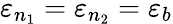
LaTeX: \varepsilon_{n_{1}}=\varepsilon_{n_{2}}=\varepsilon_{b}